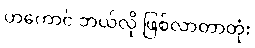
ဟကောင် ဘယ်လို ဖြစ်လာတာတုံး